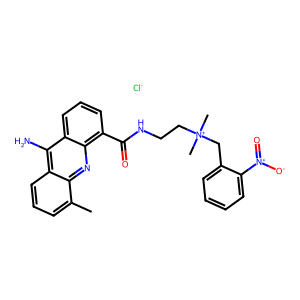
SMILES: Cc1cccc2c(N)c3cccc(C(=O)NCC[N+](C)(C)Cc4ccccc4[N+](=O)[O-])c3nc12.[Cl-]
Inhibits HIV replication: No